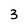
Character: 3